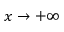
x \to + \infty